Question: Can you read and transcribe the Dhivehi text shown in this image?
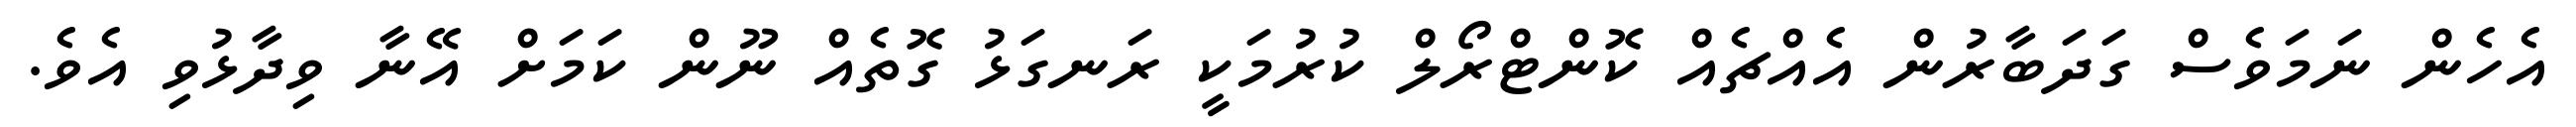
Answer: އެހެން ނަމަވެސް ގަދަބާރުން އެއްޗެއް ކޮންޓްރޯލް ކުރުމަކީ ރަނގަޅު ގޮތެއް ނޫން ކަމަށް އޭނާ ވިދާޅުވި އެވެ.